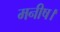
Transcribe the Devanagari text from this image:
मनीष।